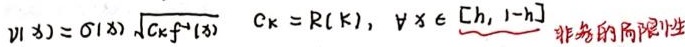
$v(x)=\sigma(x)\sqrt{C_kf^+(x)}\quad C_k = R(k),\ \forall x\in[\underline{h},1-h]$